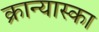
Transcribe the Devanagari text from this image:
क्रान्यास्का